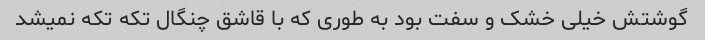
گوشتش خیلی خشک و سفت بود به طوری که با قاشق چنگال تکه تکه نمیشد